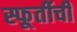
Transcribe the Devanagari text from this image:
स्फूर्तीची